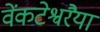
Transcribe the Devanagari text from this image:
वेंकटेश्वरैया